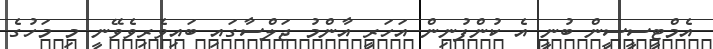
އެމްޓީސީސީން ބުނީ އެ ކުންފުނިން އަހަރީ އާންމު ޖަލްސާގައި ބައިވެރިވެވޭނީ މި މަހުގެ